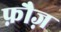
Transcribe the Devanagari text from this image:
फ़ौज़